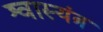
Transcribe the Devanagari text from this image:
श्वास्यंत्र